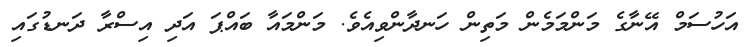
އަަހުސަމް އޭނާގެ މަންމަމެން މަތިން ހަނދާންވިއެވެ. މަންމައާ ބައްޕަ އަދި އިސްރާ ދަނޑުގައި